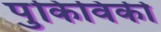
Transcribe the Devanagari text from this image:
पुकिविकी